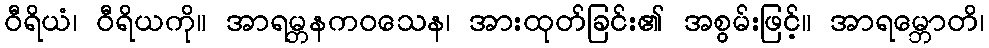
ဝီရိယံ၊ ဝီရိယကို။ အာရမ္ဘနကဝသေန၊ အားထုတ်ခြင်း၏ အစွမ်းဖြင့်။ အာရမ္ဘောတိ၊